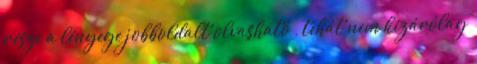
része a lényege jobboldalt olvasható , tehát nem kizárólag